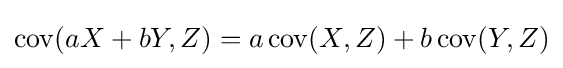
\operatorname {cov} (aX+bY,Z)=a\operatorname {cov} (X,Z)+b\operatorname {cov} (Y,Z)